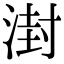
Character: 湗